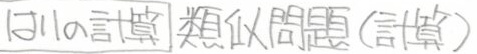
\[ 12110の計算 類似問題(計算) \]